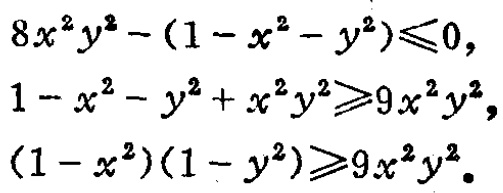
\[

\begin{align*}

8x^{2}y^{2}-(1 - x^{2}-y^{2})&\leqslant0,\\

1 - x^{2}-y^{2}+x^{2}y^{2}&\geqslant9x^{2}y^{2},\\

(1 - x^{2})(1 - y^{2})&\geqslant9x^{2}y^{2}.

\end{align*}

\]